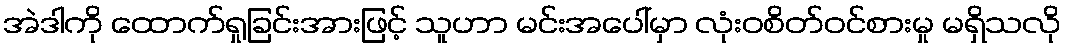
အဲဒါကို ထောက်ရှုခြင်းအားဖြင့် သူဟာ မင်းအပေါ်မှာ လုံးဝစိတ်ဝင်စားမှု မရှိသလို